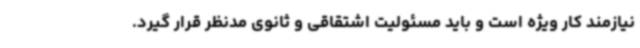
نیازمند کار ویژه است و باید مسئولیت اشتقاقی و ثانوی مدنظر قرار گیرد.